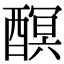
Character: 𨢎